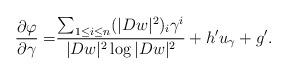
LaTeX: \begin{align*}\frac{\partial\varphi}{\partial\gamma}=&\frac{\sum_{1\leq i\leq n}(|Dw|^2)_i\gamma^i}{|Dw|^2\log|Dw|^2}+h'u_{\gamma}+g'.\end{align*}